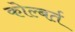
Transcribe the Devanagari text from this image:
कोल्बर्त